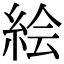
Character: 絵